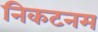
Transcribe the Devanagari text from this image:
निकटनम